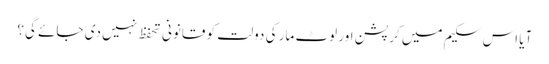
آیا اس سکیم میں کرپشن اور لوٹ مار کی دولت کو قانونی تحفظ نہیں دی جائے گی؟